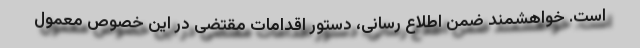
است. خواهشمند ضمن اطلاع رسانی، دستور اقدامات مقتضی در این خصوص معمول